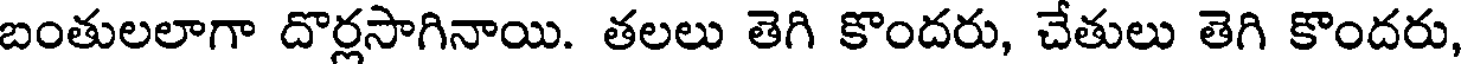
బంతులలాగా దొర్లసాగినాయి. తలలు తెగి కొందరు, చేతులు తెగి కొందరు,